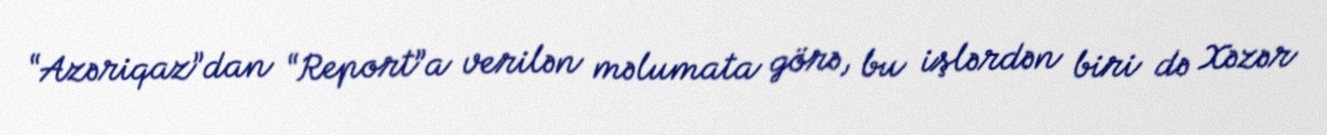
“Azəriqaz”dan “Report”a verilən məlumata görə, bu işlərdən biri də Xəzər